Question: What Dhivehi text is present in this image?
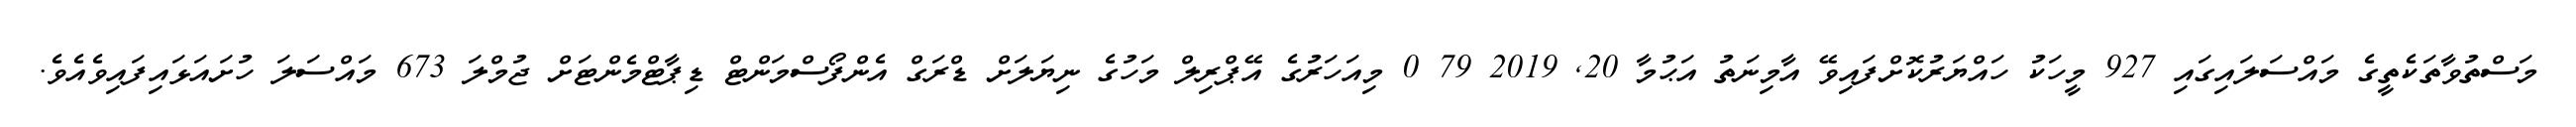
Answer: މަސްތުވާތަކެތީގެ މައްސަލައިގައި 927 މީހަކު ހައްޔަރުކޮށްފައިވޭ އާމިނަތު އަޙުމާ 20, 2019 79 0 މިއަހަރުގެ އޭޕްރިލް މަހުގެ ނިޔަލަށް ޑްރަގް އެންފޯސްމަންޓް ޑިޕާޓްމެންޓަށް ޖުމްލަ 673 މައްސަލަ ހުށައަޅައިފައިވެއެވެ.